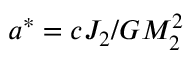
a ^ { * } = c J _ { 2 } / G M _ { 2 } ^ { 2 }